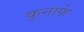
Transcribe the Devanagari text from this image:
कुनाफे